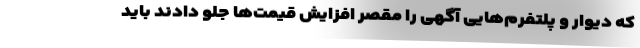
که دیوار و پلتفرم‌هایی آگهی را مقصر افزایش قیمت‌ها جلو دادند باید